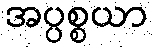
အပ္ပစ္စယာ